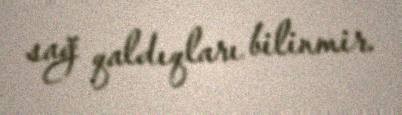
sağ qaldıqları bilinmir.